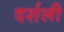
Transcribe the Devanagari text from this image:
दर्शली